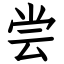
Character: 尝